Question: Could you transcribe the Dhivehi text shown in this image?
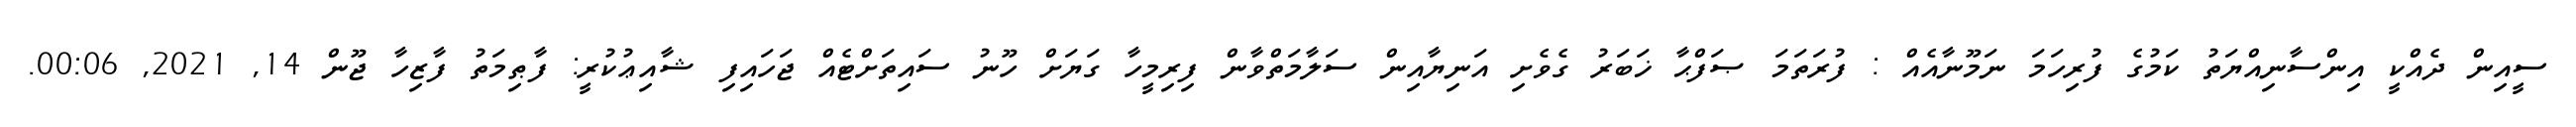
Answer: ސީއިން ދެއްކީ އިންސާނިއްޔަތު ކަމުގެ ފުރިހަމަ ނަމޫނާއެއް : ފުރަތަމަ ޞަފްޙާ ޚަބަރު ގެވެށި އަނިޔާއިން ސަލާމަތްވާން ފިރިމީހާ ގަޔަށް ހޫނު ސައިތަށްޓެއް ޖަހައިފި ޝާއިޢުކުރީ: ފާޠިމަތު ފާޒިހާ ޖޫން 14, 2021, 00:06.